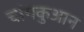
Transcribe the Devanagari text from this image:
चांगकुआन